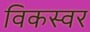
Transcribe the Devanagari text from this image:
विकस्वर